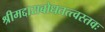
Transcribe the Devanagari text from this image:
श्रीमद्दासबोधतत्त्वस्तवः